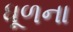
ધૂળના